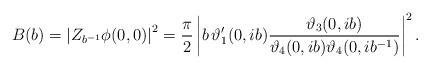
LaTeX: \begin{align*}B(b) = \left| Z_{b^{-1}} \phi(0,0)\right|^2 = \frac{\pi}{2} \left|b \, \vartheta'_1(0,i b) \frac{\vartheta_3(0, i b)}{\vartheta_4(0,i b) \vartheta_4(0, i b^{-1})} \right|^2.\end{align*}